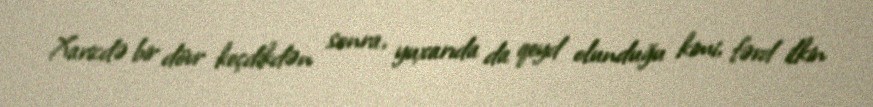
Xaricdə bir dövr keçdikdən sonra, yuxarıda da qeyd olunduğu kimi, fərd ilkin